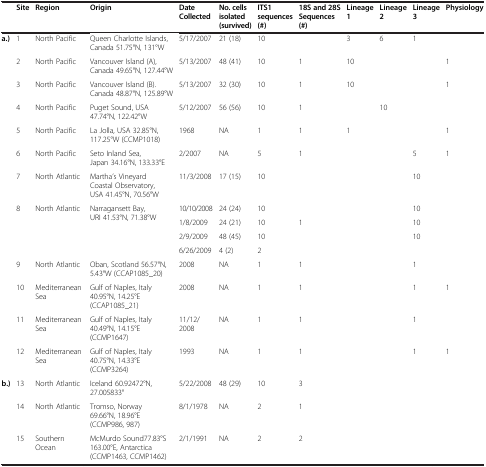
<table><thead><tr><td><b> </b></td><td><b>Site</b></td><td><b>Region</b></td><td><b>Origin</b></td><td><b>Date Collected</b></td><td><b>No. cells isolated (survived)</b></td><td><b>ITS1 sequences (#)</b></td><td><b>18S and 28S Sequences (#)</b></td><td><b>Lineage 1</b></td><td><b>Lineage 2</b></td><td><b>Lineage 3</b></td><td><b>Physiology</b></td></tr><tr><td><b> </b></td><td><b> </b></td><td><b> </b></td><td><b> </b></td><td><b> </b></td><td><b> </b></td><td><b> </b></td><td><b> </b></td><td><b> </b></td><td><b> </b></td><td><b> </b></td><td><b> </b></td></tr></thead><tbody><tr><td rowspan="6"><b>a.)</b></td><td>1</td><td>North Pacific</td><td>Queen Charlotte Islands, Canada 51.75°N, 131°W</td><td>5/17/2007</td><td>21 (18)</td><td>10</td><td> </td><td>3</td><td>6</td><td>1</td><td> </td></tr><tr><td>2</td><td>North Pacific</td><td>Vancouver Island (A), Canada 49.65°N, 127.44°W</td><td>5/13/2007</td><td>48 (41)</td><td>10</td><td>1</td><td>10</td><td> </td><td> </td><td>1</td></tr><tr><td>3</td><td>North Pacific</td><td>Vancouver Island (B). Canada 48.87°N, 125.89°W</td><td>5/13/2007</td><td>32 (30)</td><td>10</td><td>1</td><td>10</td><td> </td><td> </td><td>1</td></tr><tr><td>4</td><td>North Pacific</td><td>Puget Sound, USA 47.74°N, 122.42°W</td><td>5/12/2007</td><td>56 (56)</td><td>10</td><td>1</td><td> </td><td>10</td><td> </td><td> </td></tr><tr><td>5</td><td>North Pacific</td><td>La Jolla, USA 32.85°N, 117.25°W (CCMP1018)</td><td>1968</td><td>NA</td><td>1</td><td>1</td><td>1</td><td> </td><td> </td><td>1</td></tr><tr><td>6</td><td>North Pacific</td><td>Seto Inland Sea, Japan 34.16°N, 133.33°E</td><td>2/2007</td><td>NA</td><td>5</td><td>1</td><td> </td><td> </td><td>5</td><td>1</td></tr><tr><td rowspan="6"> </td><td>7</td><td>North Atlantic</td><td>Martha’s Vineyard Coastal Observatory, USA 41.45°N, 70.56°W</td><td>11/3/2008</td><td>17 (15)</td><td>10</td><td> </td><td> </td><td> </td><td>10</td><td> </td></tr><tr><td>8</td><td rowspan="2">North Atlantic</td><td rowspan="2">Narragansett Bay, URI 41.53°N, 71.38°W</td><td>10/10/2008</td><td>24 (24)</td><td>10</td><td> </td><td> </td><td> </td><td>10</td><td> </td></tr><tr><td> </td><td> </td><td>1/8/2009</td><td>24 (21)</td><td>10</td><td>1</td><td> </td><td> </td><td>10</td><td> </td></tr><tr><td> </td><td> </td><td> </td><td>2/9/2009</td><td>48 (45)</td><td>10</td><td> </td><td> </td><td> </td><td>10</td><td> </td><td> </td></tr><tr><td> </td><td> </td><td> </td><td>6/26/2009</td><td>4 (2)</td><td>2</td><td> </td><td> </td><td> </td><td> </td><td> </td><td> </td></tr><tr><td>9</td><td>North Atlantic</td><td>Oban, Scotland 56.57°N, 5.43°W (CCAP1085_20)</td><td>2008</td><td>NA</td><td>1</td><td>1</td><td> </td><td> </td><td>1</td><td> </td><td> </td></tr><tr><td rowspan="3"> </td><td>10</td><td>Mediterranean Sea</td><td>Gulf of Naples, Italy 40.95°N, 14.25°E (CCAP1085_21)</td><td>2008</td><td>NA</td><td>1</td><td>1</td><td> </td><td> </td><td>1</td><td>1</td><td> </td></tr><tr><td>11</td><td>Mediterranean Sea</td><td>Gulf of Naples, Italy 40.49°N, 14.15°E (CCMP1647)</td><td>11/12/2008</td><td>NA</td><td>1</td><td>1</td><td> </td><td> </td><td>1</td><td> </td><td> </td></tr><tr><td>12</td><td>Mediterranean Sea</td><td>Gulf of Naples, Italy 40.75°N, 14.33°E (CCMP3264)</td><td>1993</td><td>NA</td><td>1</td><td>1</td><td> </td><td> </td><td>1</td><td>1</td><td> </td></tr><tr><td><b>b.)</b></td><td>13</td><td>North Atlantic</td><td>Iceland 60.92472°N, 27.005833°</td><td>5/22/2008</td><td>48 (29)</td><td>10</td><td>3</td><td> </td><td> </td><td> </td><td> </td><td> </td></tr><tr><td> </td><td>14</td><td>North Atlantic</td><td>Tromso, Norway 69.66°N, 18.96°E (CCMP986, 987)</td><td>8/1/1978</td><td>NA</td><td>2</td><td>1</td><td> </td><td> </td><td> </td><td> </td><td> </td></tr><tr><td> </td><td>15</td><td>Southern Ocean</td><td>McMurdo Sound77.83°S 163.00°E, Antarctica (CCMP1463, CCMP1462)</td><td>2/1/1991</td><td>NA</td><td>2</td><td>2</td><td> </td><td> </td><td> </td><td> </td><td> </td></tr></tbody></table>